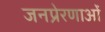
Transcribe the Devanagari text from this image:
जनप्रेरणाओं